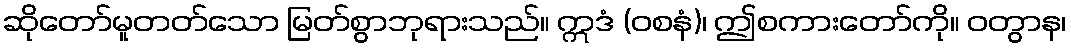
ဆိုတော်မူတတ်သော မြတ်စွာဘုရားသည်။ ဣဒံ (ဝစနံ)၊ ဤစကားတော်ကို။ ဝတွာန၊